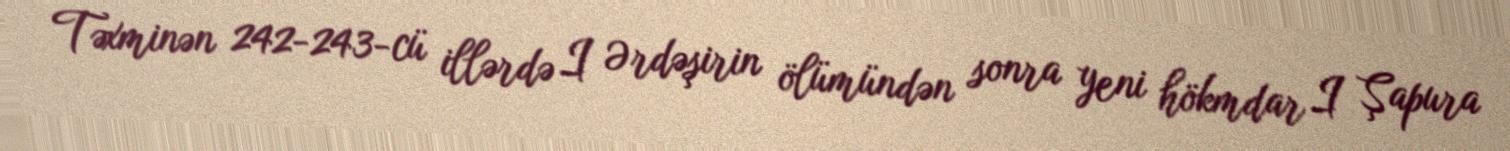
Təxminən 242-243-cü illərdə I Ərdəşirin ölümündən sonra yeni hökmdar I Şapura